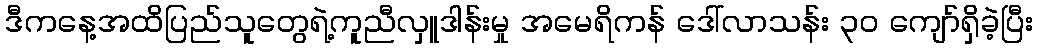
ဒီကနေ့အထိပြည်သူတွေရဲ့ကူညီလှူဒါန်းမှု အမေရိကန် ဒေါ်လာသန်း ၃၀ ကျော်ရှိခဲ့ပြီး